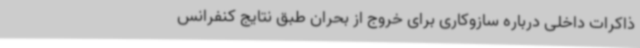
ذاکرات داخلی درباره سازوکاری برای خروج از بحران طبق نتایج کنفرانس